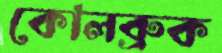
কোলব্রুক